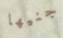
جنيها